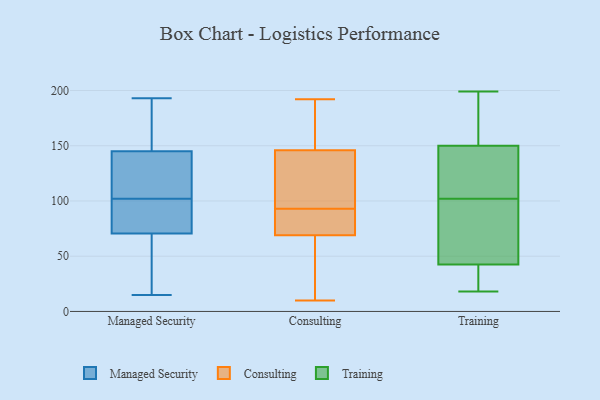
{"axis": {"x": "Customer Acquisition Cost (USD)", "y": "Value"}, "legend": ["Consulting", "Managed Security", "Training"], "data": [{"x": "", "y": 26, "type": "Managed Security"}, {"x": "", "y": 123, "type": "Managed Security"}, {"x": "", "y": 85, "type": "Managed Security"}, {"x": "", "y": 143, "type": "Managed Security"}, {"x": "", "y": 15, "type": "Managed Security"}, {"x": "", "y": 78, "type": "Managed Security"}, {"x": "", "y": 139, "type": "Managed Security"}, {"x": "", "y": 89, "type": "Managed Security"}, {"x": "", "y": 138, "type": "Managed Security"}, {"x": "", "y": 102, "type": "Managed Security"}, {"x": "", "y": 193, "type": "Managed Security"}, {"x": "", "y": 151, "type": "Managed Security"}, {"x": "", "y": 167, "type": "Managed Security"}, {"x": "", "y": 60, "type": "Managed Security"}, {"x": "", "y": 189, "type": "Managed Security"}, {"x": "", "y": 74, "type": "Managed Security"}, {"x": "", "y": 57, "type": "Managed Security"}, {"x": "", "y": 101, "type": "Consulting"}, {"x": "", "y": 70, "type": "Consulting"}, {"x": "", "y": 69, "type": "Consulting"}, {"x": "", "y": 146, "type": "Consulting"}, {"x": "", "y": 79, "type": "Consulting"}, {"x": "", "y": 85, "type": "Consulting"}, {"x": "", "y": 138, "type": "Consulting"}, {"x": "", "y": 74, "type": "Consulting"}, {"x": "", "y": 109, "type": "Consulting"}, {"x": "", "y": 10, "type": "Consulting"}, {"x": "", "y": 14, "type": "Consulting"}, {"x": "", "y": 40, "type": "Consulting"}, {"x": "", "y": 147, "type": "Consulting"}, {"x": "", "y": 182, "type": "Consulting"}, {"x": "", "y": 146, "type": "Consulting"}, {"x": "", "y": 112, "type": "Consulting"}, {"x": "", "y": 44, "type": "Consulting"}, {"x": "", "y": 192, "type": "Consulting"}, {"x": "", "y": 71, "type": "Training"}, {"x": "", "y": 199, "type": "Training"}, {"x": "", "y": 129, "type": "Training"}, {"x": "", "y": 53, "type": "Training"}, {"x": "", "y": 18, "type": "Training"}, {"x": "", "y": 24, "type": "Training"}, {"x": "", "y": 117, "type": "Training"}, {"x": "", "y": 102, "type": "Training"}, {"x": "", "y": 39, "type": "Training"}, {"x": "", "y": 193, "type": "Training"}, {"x": "", "y": 157, "type": "Training"}]}